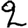
Digit: 2